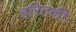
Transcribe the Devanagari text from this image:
हरितकीः